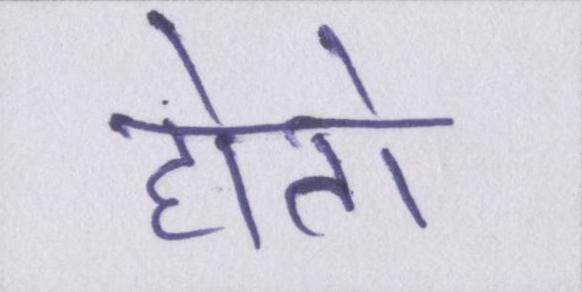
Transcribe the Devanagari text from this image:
होतो